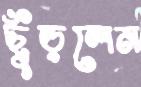
ছুঁড়লেন